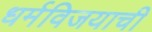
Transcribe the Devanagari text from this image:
धर्मविजयाची